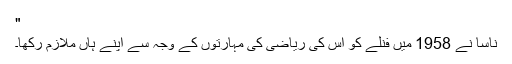
"
ناسا نے 1958 میں فنلے کو اُس کی ریاضی کی مہارتوں کے وجہ سے اپنے ہاں ملازم رکھا۔